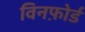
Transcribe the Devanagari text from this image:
विनफ़ोर्ड